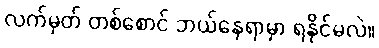
လက်မှတ် တစ်စောင် ဘယ်နေရာမှာ ရနိုင်မလဲ။